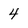
Character: 4